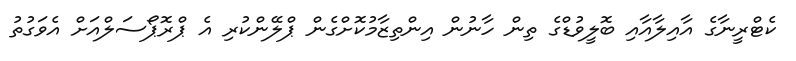
ކެޓްރީނާގެ އާއިލާއާއި ބޮލީވުޑްގެ ތިން ހާނުން އިންތިޒާމުކޮށްގެން ޕްލޭންކުރި އެ ޕްރޮޕޯސަލްއަށް އެވަގުތު